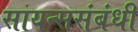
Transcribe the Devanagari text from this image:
सायन्ससंबंधी